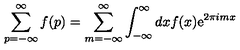
\sum _ { p = - \infty } ^ { \infty } f ( p ) = \sum _ { m = - \infty } ^ { \infty } \int _ { - \infty } ^ { \infty } d x f ( x ) \mathrm { e } ^ { 2 \pi i m x }